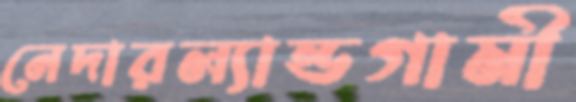
নেদারল্যান্ডগামী